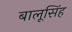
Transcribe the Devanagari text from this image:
बालूसिंह